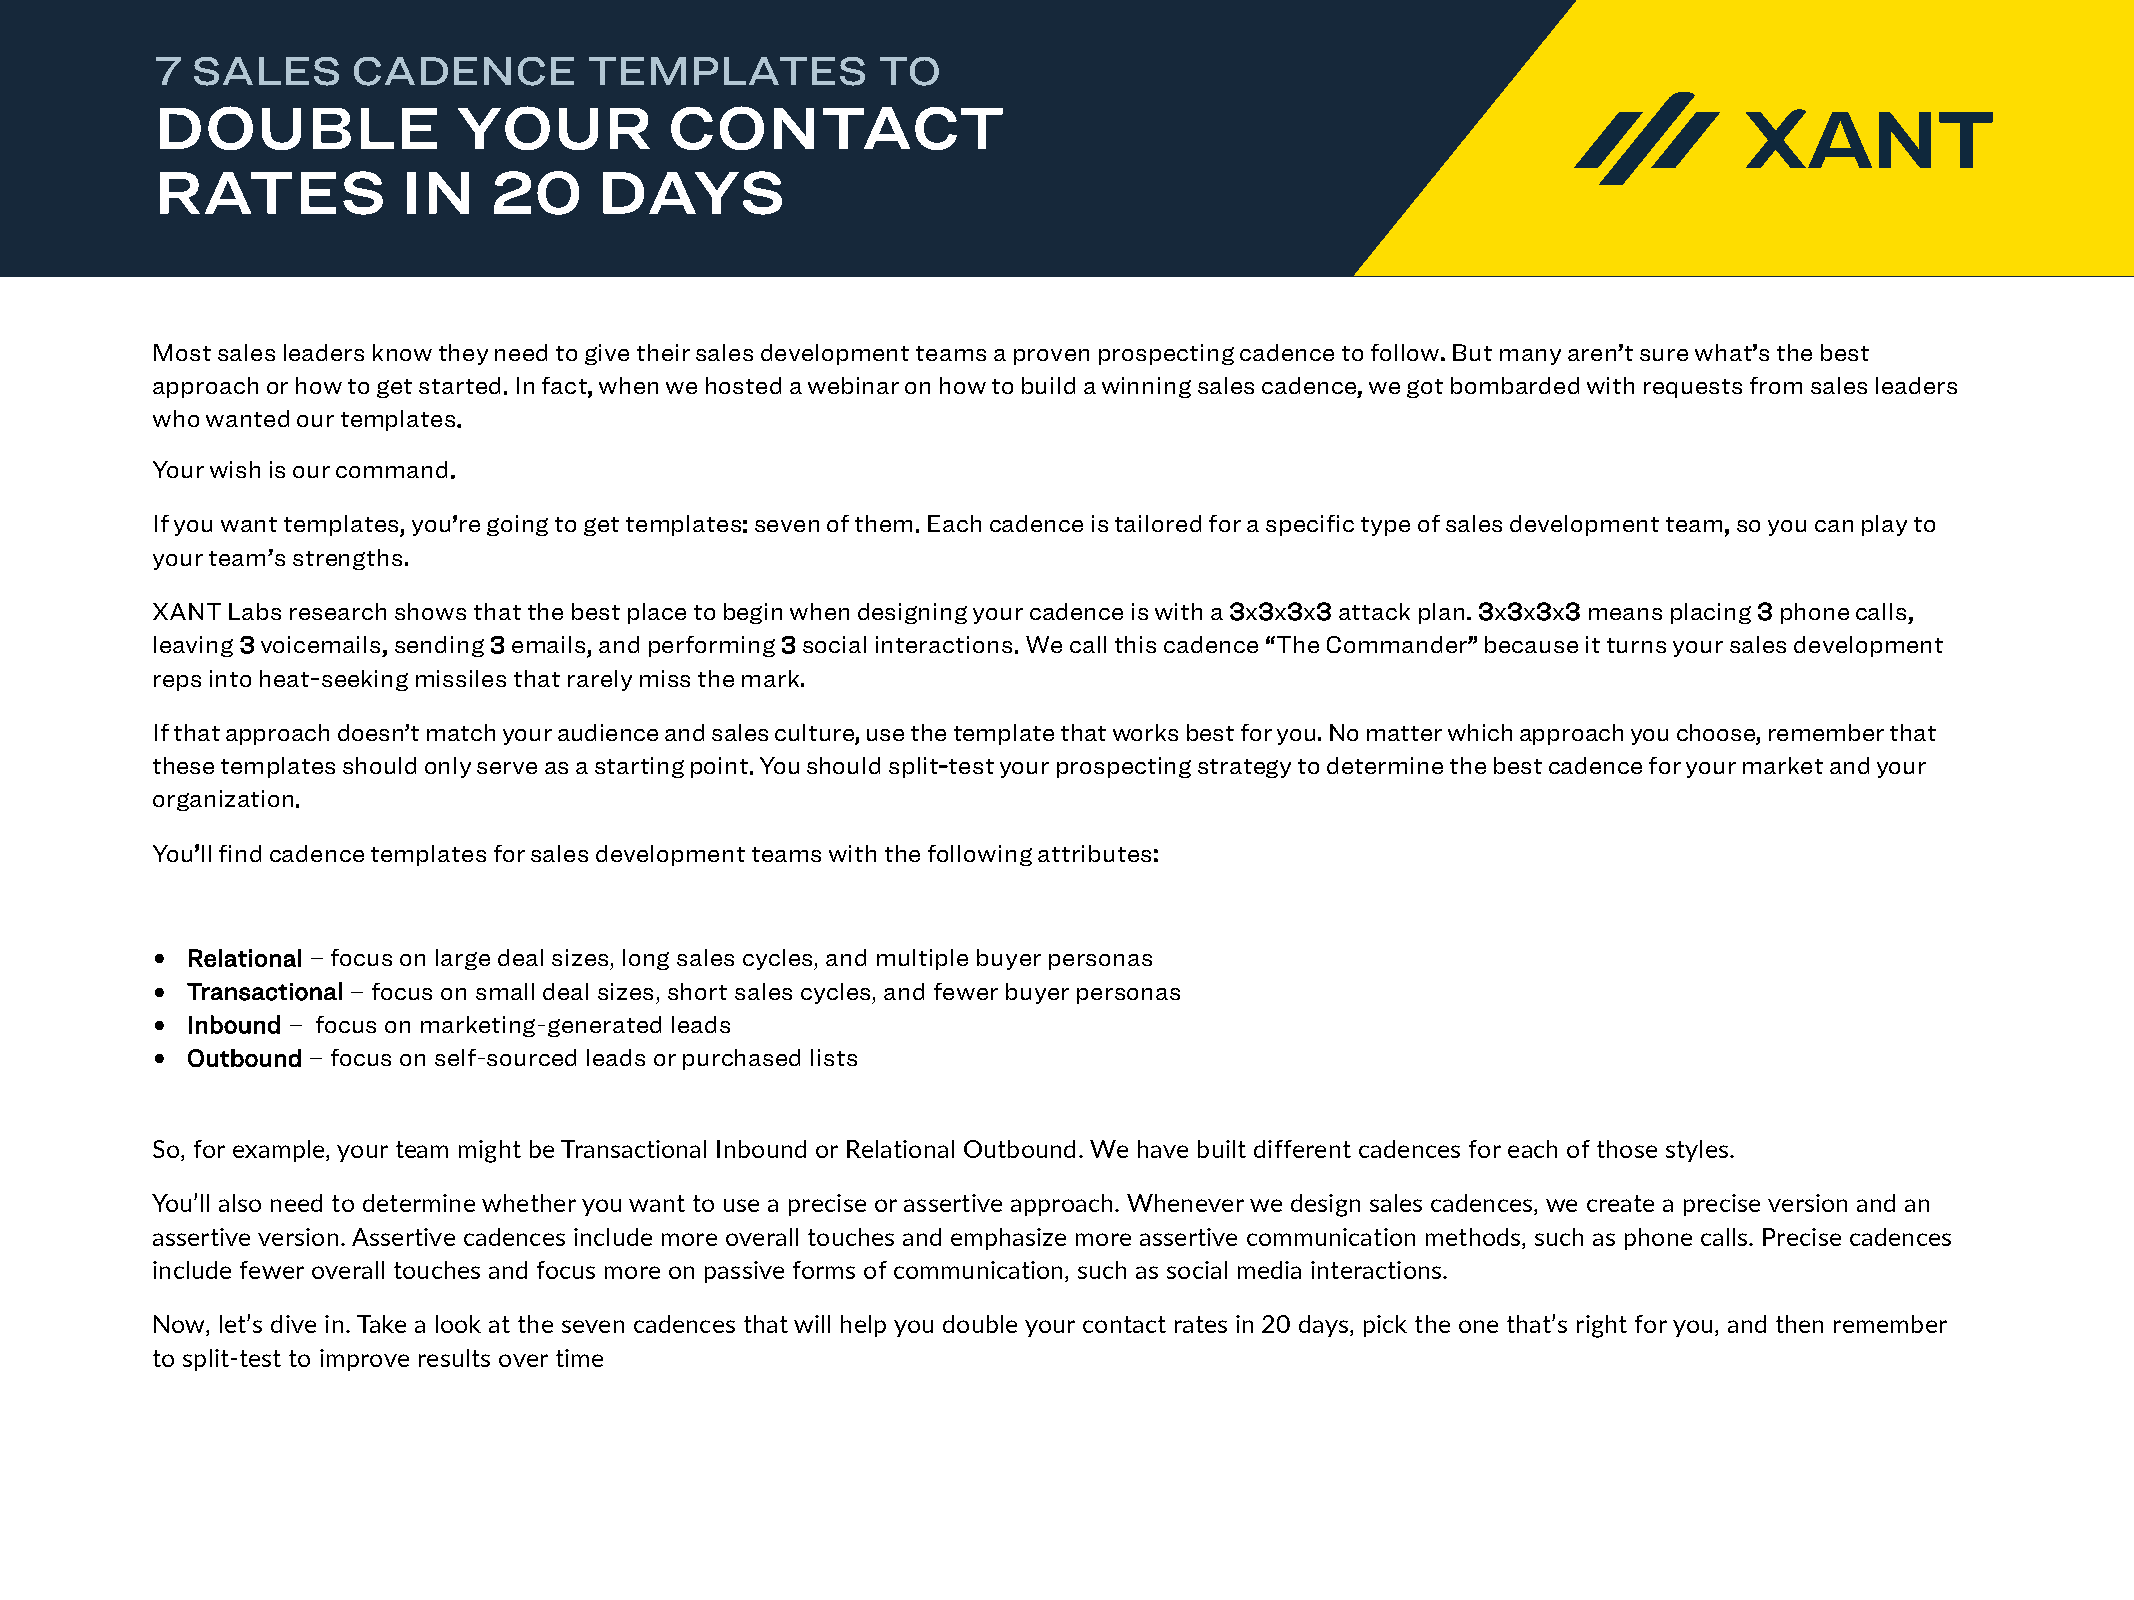
7  SALES     CADENCE         TEMPLATES          TO
 DOUBLE              YOUR          CONTACT
 RATES            IN   20      DAYS
 Most sales leaders know they need to give their sales development teams a proven prospecting cadence to follow. But many aren’t sure what’s the best
 approach or how to get started. In fact, when we hosted a webinar on how to build a winning sales cadence, we got bombarded with requests from sales leaders
 who wanted our templates.
 Your wish is our command.
 If you want templates, you’re going to get templates: seven of them. Each cadence is tailored for a specific type of sales development team, so you can play to
 your team’s strengths.
 XANT Labs research shows that the best place to begin when designing your cadence is with a 3x3x3x3 attack plan. 3x3x3x3 means placing 3 phone calls,
 leaving 3 voicemails, sending 3 emails, and performing 3 social interactions. We call this cadence “The Commander” because it turns your sales development
 reps into heat-seeking missiles that rarely miss the mark.
 If that approach doesn’t match your audience and sales culture, use the template that works best for you. No matter which approach you choose, remember that
 these templates should only serve as a starting point. You should split-test your prospecting strategy to determine the best cadence for your market and your
 organization.
 You’ll find cadence templates for sales development teams with the following attributes:
 • Relational – focus on large deal sizes, long sales cycles, and multiple buyer personas
 • Transactional – focus on small deal sizes, short sales cycles, and fewer buyer personas
 • Inbound – focus on marketing-generated leads
 • Outbound – focus on self-sourced leads or purchased lists
 So, for example, your team might be Transactional Inbound or Relational Outbound. We have built different cadences for each of those styles.
 You’ll also need to determine whether you want to use a precise or assertive approach. Whenever we design sales cadences, we create a precise version and an
 assertive version. Assertive cadences include more overall touches and emphasize more assertive communication methods, such as phone calls. Precise cadences
 include fewer overall touches and focus more on passive forms of communication, such as social media interactions.
 Now, let’s dive in. Take a look at the seven cadences that will help you double your contact rates in 20 days, pick the one that’s right for you, and then remember
 to split-test to improve results over time